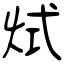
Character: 烒